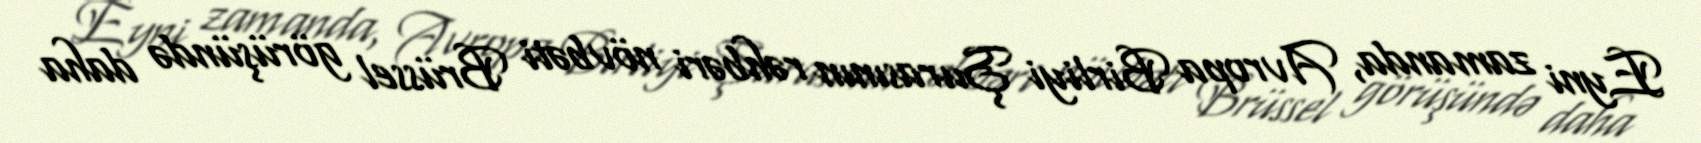
Eyni zamanda, Avropa Birliyi Şurasının rəhbəri növbəti Brüssel görüşündə daha